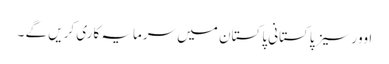
اوورسیز پاکستانی پاکستان میں سرمایہ کاری کریں گے ۔